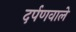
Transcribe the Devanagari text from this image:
दर्पणवाले